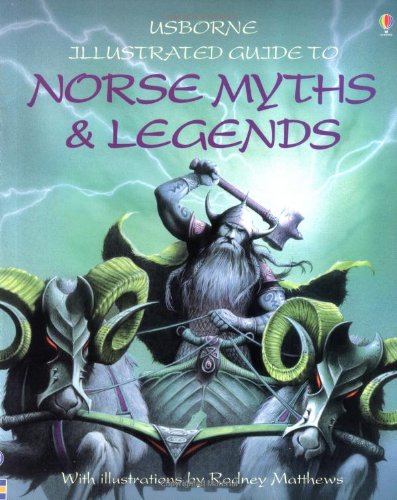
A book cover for Norse Myths and Legends (Usborne Illustrated Guide to); Cheryl Evans; Children's Books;